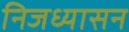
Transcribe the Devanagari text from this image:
निजध्यासन